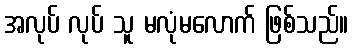
အလုပ် လုပ် သူ မလုံမလောက် ဖြစ်သည်။